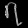
Digit: ၇